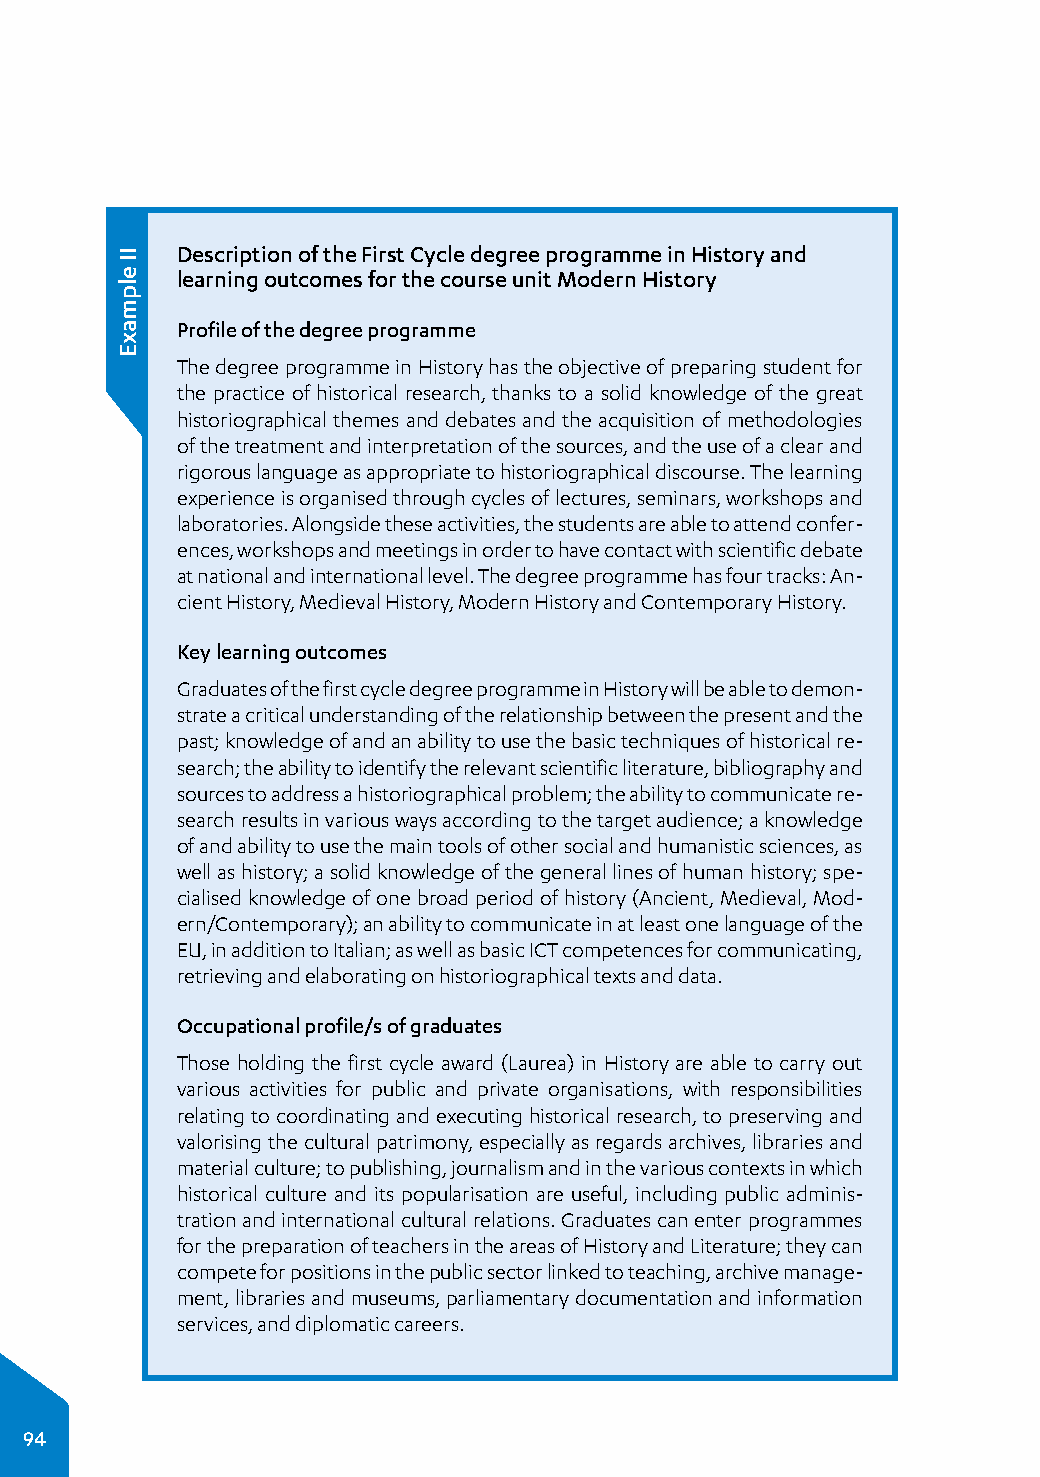
Description of the First Cycle degree programme in History and
 learning outcomes for the course unit Modern History
 Profile of the degree programme
 The degree programme in History has the objective of preparing student for
 the practice of historical research, thanks to a solid knowledge of the great
 historiographical themes and debates and the acquisition of methodologies
 of the treatment and interpretation of the sources, and the use of a clear and
 rigorous language as appropriate to historiographical discourse. The learning
 experience is organised through cycles of lectures, seminars, workshops and
 laboratories. Alongside these activities, the students are able to attend confer­
 ences, workshops and meetings in order to have contact with scientific debate
 at national and international level. The degree programme has four tracks: An­
 cient History, Medieval History, Modern History and Contemporary History.
 Key learning outcomes
 Graduates of the first cycle degree programme in History will be able to demon­
 strate a critical understanding of the relationship between the present and the
 past; knowledge of and an ability to use the basic techniques of historical re­
 search; the ability to identify the relevant scientific literature, bibliography and
 sources to address a historiographical problem; the ability to communicate re­
 search results in various ways according to the target audience; a knowledge
 of and ability to use the main tools of other social and humanistic sciences, as
 well as history; a solid knowledge of the general lines of human history; spe­
 cialised knowledge of one broad period of history (Ancient, Medieval, Mod­
 ern/Contemporary); an ability to communicate in at least one language of the
 EU, in addition to Italian; as well as basic ICT competences for communicating,
 retrieving and elaborating on historiographical texts and data.
 Occupational profile/s of graduates
 Those holding the first cycle award (Laurea) in History are able to carry out
 various activities for public and private organisations, with responsibilities
 relating to coordinating and executing historical research, to preserving and
 valorising the cultural patrimony, especially as regards archives, libraries and
 material culture; to publishing, journalism and in the various contexts in which
 historical culture and its popularisation are useful, including public adminis­
 tration and international cultural relations. Graduates can enter programmes
 for the preparation of teachers in the areas of History and Literature; they can
 compete for positions in the public sector linked to teaching, archive manage­
 ment, libraries and museums, parliamentary documentation and information
 services, and diplomatic careers.
 94
 II
 elpmaxE